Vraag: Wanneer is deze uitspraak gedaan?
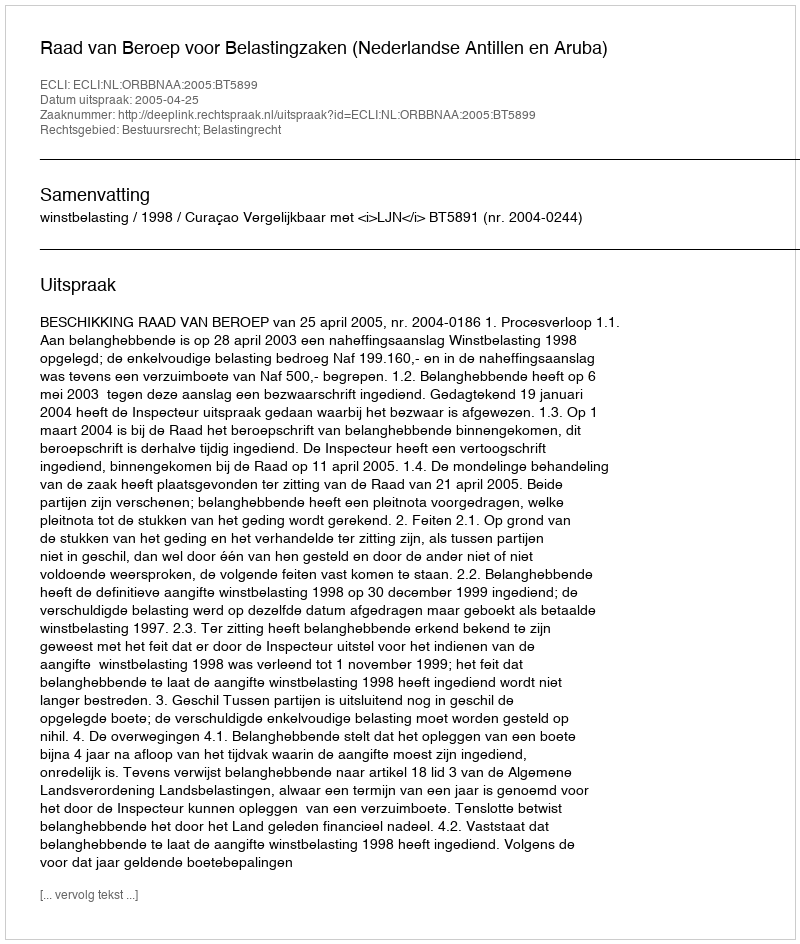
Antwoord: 2005-04-25